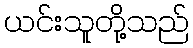
ယင်းသူတို့သည်